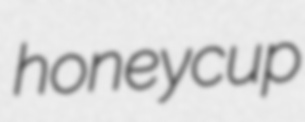
honeycup